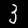
Label: 3